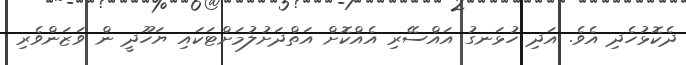
ދެކޮޅުހެދި އެވެ. އަދި ހުޅަނގު އައްސޭރި އެއްކޮށް އަތްދަށުލުމަށްޓަކައި ޔަހޫދީ ން ވަޒަންވެރި